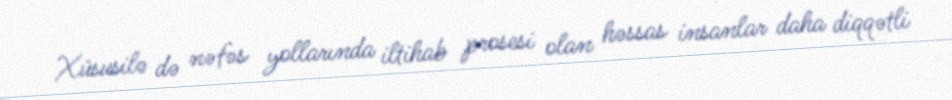
Xüsusilə də nəfəs yollarında iltihab prosesi olan həssas insanlar daha diqqətli